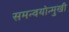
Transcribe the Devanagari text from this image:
समन्वयोन्मुखी